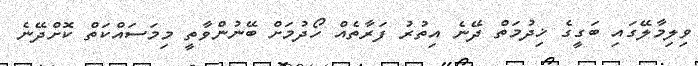
ވިލިމާލޭގައި ބަގީގެ ޚިދުމަތް ދޭނެ އިތުރު ފަރާތެއް ހޯދުމަށް ބޭނުންވާތީ މިމަސައްކަތް ކޮށްދޭނެ